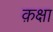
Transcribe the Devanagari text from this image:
क़क्षा